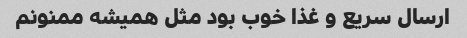
ارسال سریع و غذا خوب بود مثل همیشه ممنونم